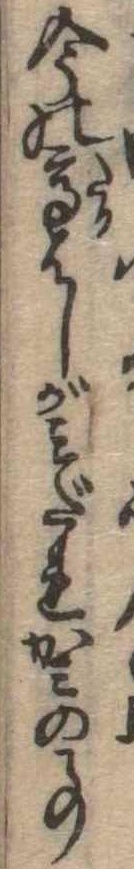
今の高はしがみだれかみの事